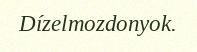
Dízelmozdonyok.